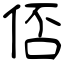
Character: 俖